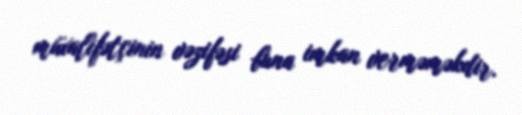
müxalifətçinin vəzifəsi buna imkan verməməkdir.